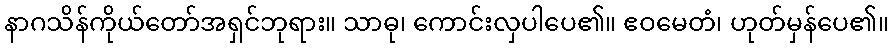
နာဂသိန်ကိုယ်တော်အရှင်ဘုရား။ သာဓု၊ ကောင်းလှပါပေ၏။ ဧဝမေတံ၊ ဟုတ်မှန်ပေ၏။